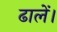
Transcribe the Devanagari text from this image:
ढालें।